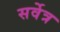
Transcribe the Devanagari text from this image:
सर्वेत्र